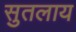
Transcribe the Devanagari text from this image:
सुतलाय